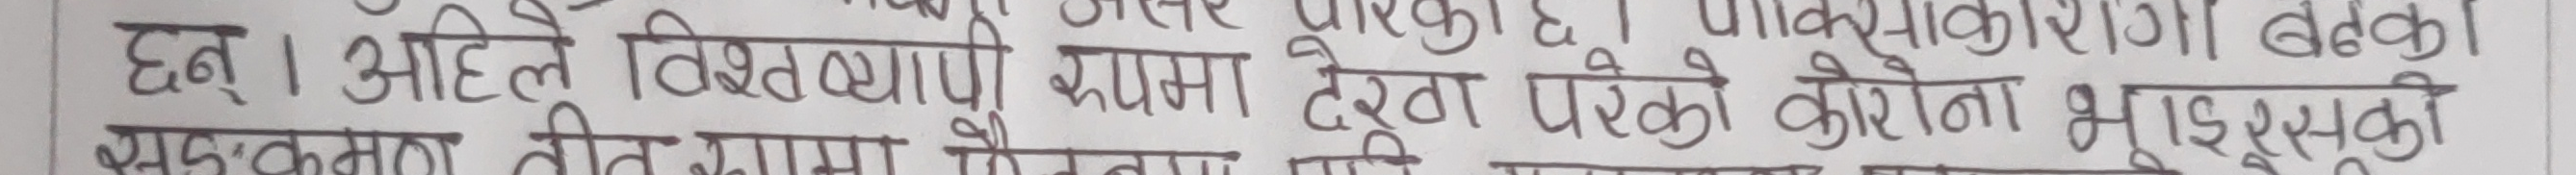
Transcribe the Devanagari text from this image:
छन् । अहिले विश्वव्यापी रुपमा देखा परेको कोरोना भाइरसको
सङ्क्रमण तीत सामा